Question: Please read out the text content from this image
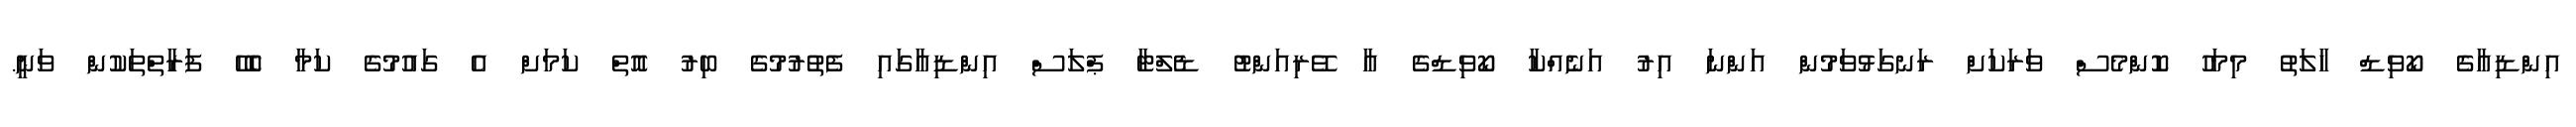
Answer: އިންޑިއާގެ ކޯވިޑް ހާލަތު މިމަހު ކޮންމެސް ވަރަކަށް ރަނގަޅުވަމުން އަންނަ އިރު އަނެއްކާ ކޯވިޑްގެ އާ ވޭރިއަންޓު ޑެލްޓާ ޕްލަސް އިންޑިއާގައި ފެތުރުމުގެ ބިރު އޮތް ކަމަށް އެ ގައުމުގެ ކަމާ ބެހޭ ފަރާތްތަކުން ވަނީ.